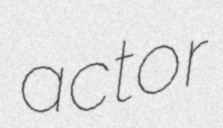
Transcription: actor